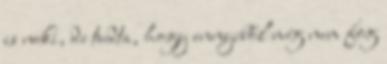
is neki, de tudta, hogy ennyiből még nem fog